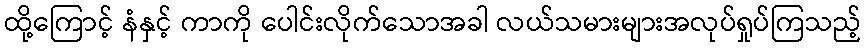
ထို့ကြောင့် နံနှင့် ကာကို ပေါင်းလိုက်သောအခါ လယ်သမားများအလုပ်ရှုပ်ကြသည့်